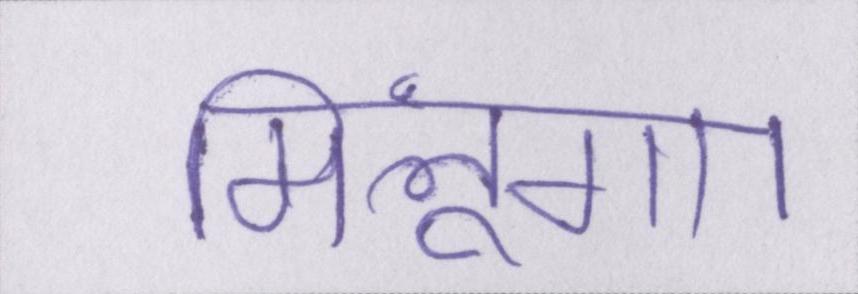
मिलूंगा।